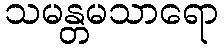
သမန္တမသာရော